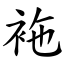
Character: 袘